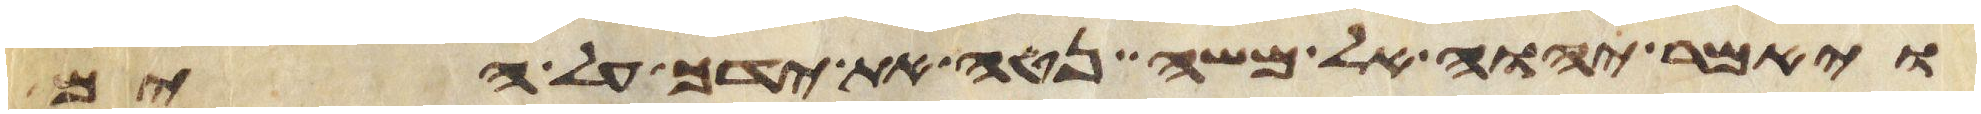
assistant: ויאמר יהוה אל משה נטה את ידך על הים